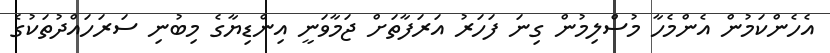
އެހެންކަމުން އެންމެހާ މުސްލިމުން ގިނަ ފަހަރު އަރަފާތަށް ޖަމާވަނީ އިންޑިޔާގެ މިބުނި ސަރަހައްދުތަކުގެ